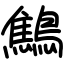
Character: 鷦